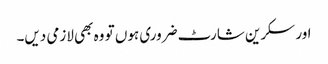
اور سکرین شارٹ ضروری ہوں تو وہ بھی لازمی دیں۔